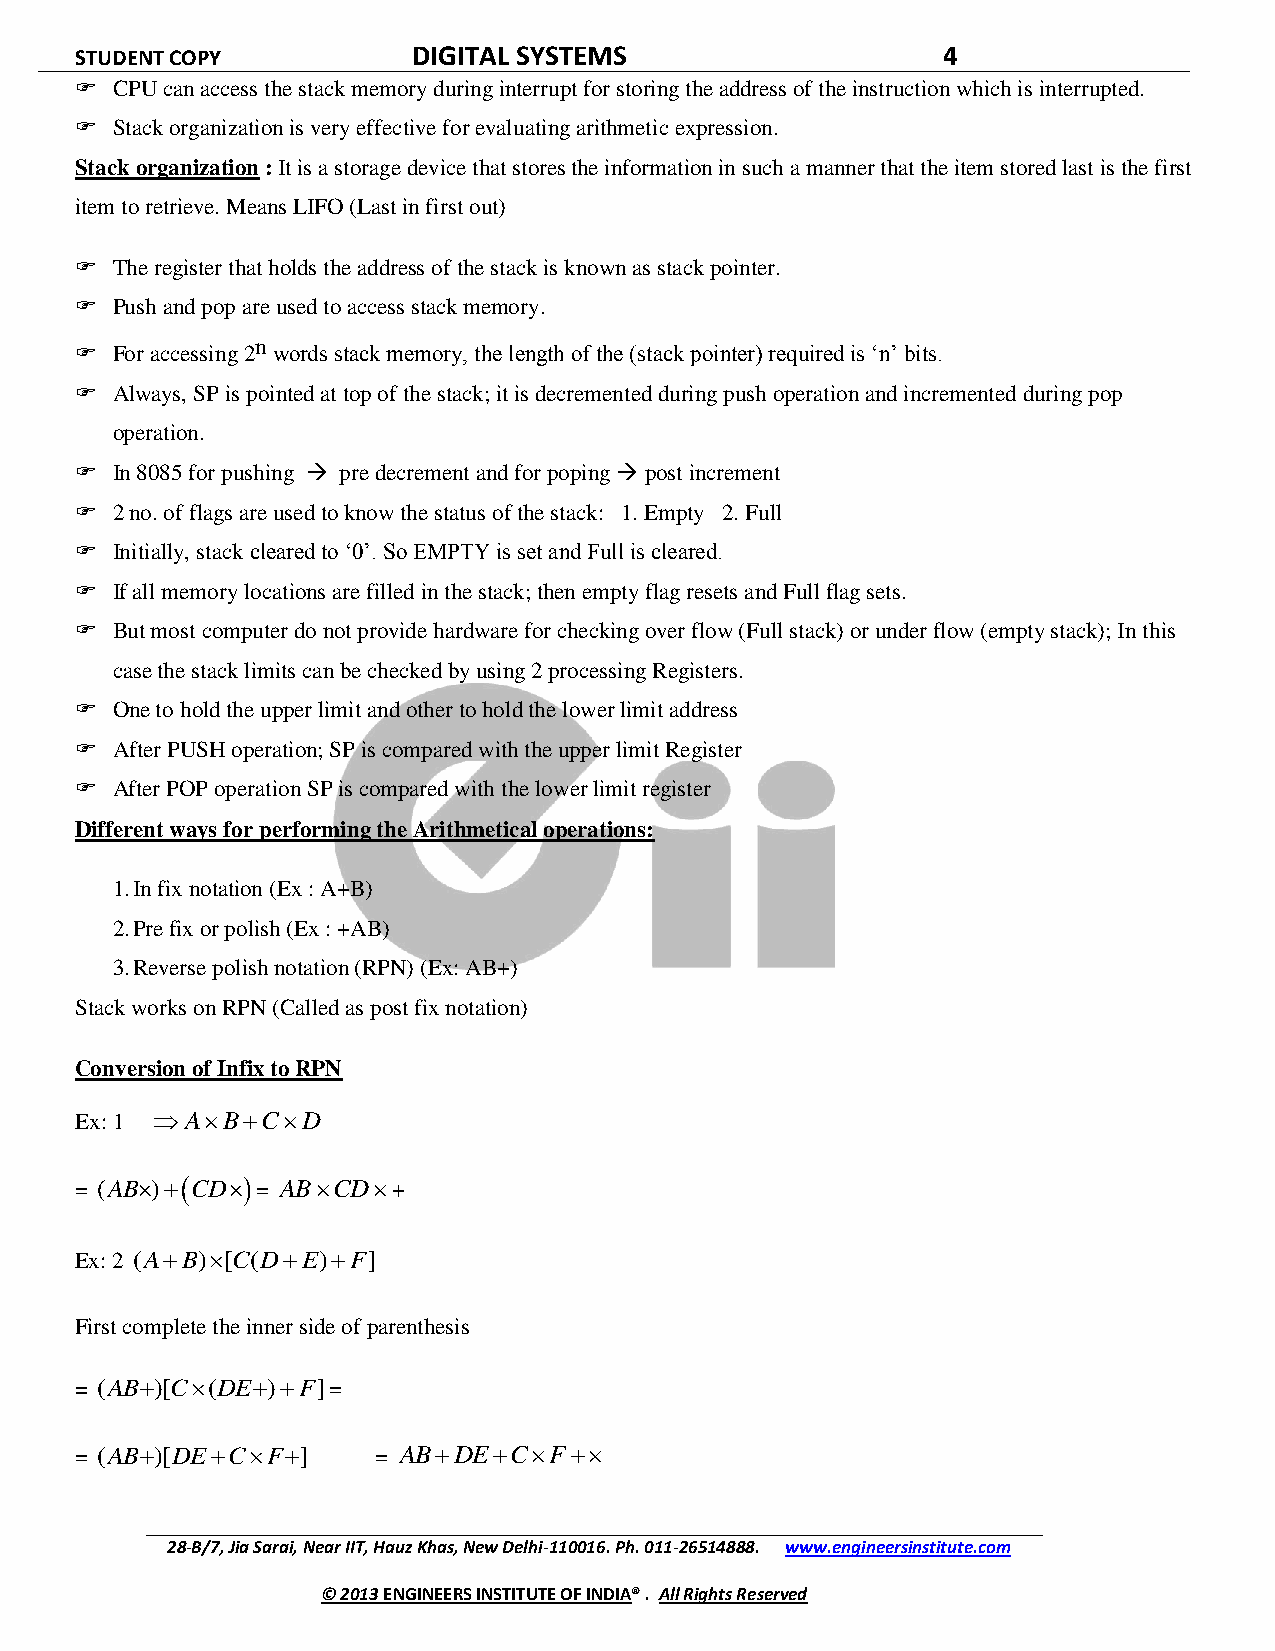
STUDENT COPY          DIGITAL SYSTEMS                    4
  CPU can access the stack memory during interrupt for storing the address of the instruction which is interrupted.
  Stack organization is very effective for evaluating arithmetic expression.
 Stack organization : It is a storage device that stores the information in such a manner that the item stored last is the first
 item to retrieve. Means LIFO (Last in first out)
  The register that holds the address of the stack is known as stack pointer.
  Push and pop are used to access stack memory.
  For accessing
 2n
 words stack memory, the length of the (stack pointer) required is ‘n’ bits.
  Always, SP is pointed at top of the stack; it is decremented during push operation and incremented during pop
 operation.
  In 8085 for pushing  pre decrement and for poping  post increment
  2 no. of flags are used to know the status of the stack: 1. Empty 2. Full
  Initially, stack cleared to ‘0’. So EMPTY is set and Full is cleared.
  If all memory locations are filled in the stack; then empty flag resets and Full flag sets.
  But most computer do not provide hardware for checking over flow (Full stack) or under flow (empty stack); In this
 case the stack limits can be checked by using 2 processing Registers.
  One to hold the upper limit and other to hold the lower limit address
  After PUSH operation; SP is compared with the upper limit Register
  After POP operation SP is compared with the lower limit register
 Different ways for performing the Arithmetical operations:
 1. In fix notation (Ex : A+B)
 2. Pre fix or polish (Ex : +AB)
 3. Reverse polish notation (RPN) (Ex: AB+)
 Stack works on RPN (Called as post fix notation)
 Conversion of Infix to RPN
 Ex: 1 ABCD
 = (AB)CD= ABCD+
 Ex: 2 (AB)[C(DE)F]
 First complete the inner side of parenthesis
 = (AB)[C(DE)F]=
 = (AB)[DECF]    = ABDECF
 28-B/7, Jia Sarai, Near IIT, Hauz Khas, New Delhi-110016. Ph. 011-26514888. www.engineersinstitute.com
 © 2013 ENGINEERS INSTITUTE OF INDIA® . All Rights Reserved